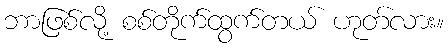
ဘာဖြစ်လို့ စစ်တိုက်ထွက်တယ် ဟုတ်လား။